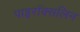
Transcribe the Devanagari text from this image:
पाइरॉक्सलिन